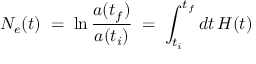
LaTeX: N _ { e } ( t ) \; = \; \ln { \frac { a ( t _ { f } ) } { a ( t _ { i } ) } } \; = \; \int _ { t _ { i } } ^ { t _ { f } } d t \, H ( t )